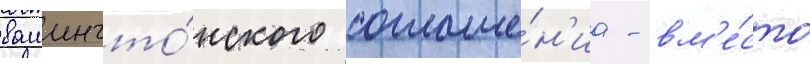
вашингто́нского соглаше́н'иа - вм'е́сто